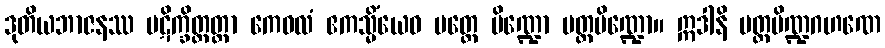
ဒုတိယဘာဇနဿ ပဋိက္ခိတ္တတ္တာ ကေဝလံ ဧကသ္မိံယေဝ ပတ္တေ ပိဏ္ဍော ပတ္တပိဏ္ဍော။ ဣဒါနိ ပတ္တပိဏ္ဍဂဟဏေ